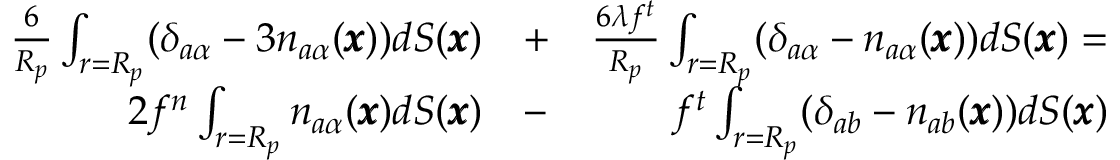
\begin{array} { r l r } { \frac { 6 } { R _ { p } } \int _ { r = R _ { p } } ( \delta _ { a \alpha } - 3 n _ { a \alpha } ( { \pmb x } ) ) d S ( { \pmb x } ) } & { + } & { \frac { 6 \lambda f ^ { t } } { R _ { p } } \int _ { r = R _ { p } } ( \delta _ { a \alpha } - n _ { a \alpha } ( { \pmb x } ) ) d S ( { \pmb x } ) = } \\ { 2 f ^ { n } \int _ { r = R _ { p } } n _ { a \alpha } ( \pmb x ) d S ( { \pmb x } ) } & { - } & { f ^ { t } \int _ { r = R _ { p } } ( \delta _ { a b } - n _ { a b } ( \pmb x ) ) d S ( { \pmb x } ) } \end{array}